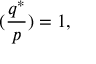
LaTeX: ( { \frac { q ^ { * } } { p } } ) = 1 ,